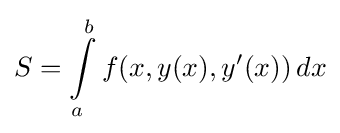
S=\int \limits _{a}^{b}f(x,y(x),y'(x))\,dx